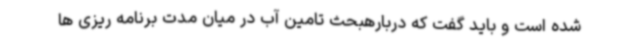
شده است و باید گفت که دربارهبحث تامین آب در میان مدت برنامه ریزی ها